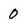
Character: 0